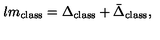
l m _ { \mathrm { c l a s s } } = \Delta _ { \mathrm { c l a s s } } + \bar { \Delta } _ { \mathrm { c l a s s } } ,